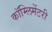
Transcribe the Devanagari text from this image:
कॉम्लिमेंटरी